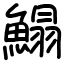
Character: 鰨